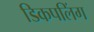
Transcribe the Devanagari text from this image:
डिकपलिंग